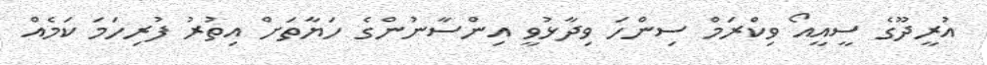
އުރީދޫގެ ސީއީއޯ ވިކްރަމް ސިންހަ ވިދާޅުވީ އިންސާނުންގެ ހަޔާތަށް އިތުރު ފުރިހަމަ ކަމެއް